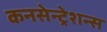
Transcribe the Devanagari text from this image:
कनसेन्ट्रेशन्स